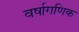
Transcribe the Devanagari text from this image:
वर्षागणिक